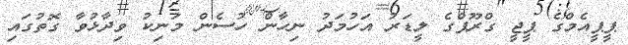
ޕީޕީއެމްގެ ޕީޖީ ގްރޫޕްގެ ލީޑަރު އަހުމަދު ނިހާން ހުސެން މަނިކު ވިދާޅުވާ ގޮތުގައި